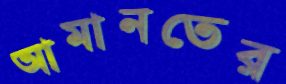
আমানতের